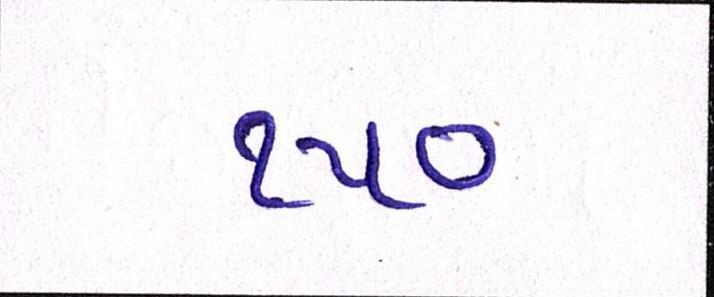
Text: ૧૫૦